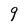
Character: q